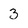
Character: 3